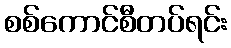
စစ်ကောင်စီတပ်ရင်း